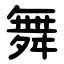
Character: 舞